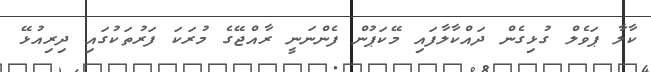
ކާލާ ޕަވެލް ގުޅިގެން ދައްކާލާފައި މޭކަޕުން ފެންނަނީ ރާއްޖޭގެ މުރަކަ ފަރުތަކުގައި ދިރިއުޅޭ